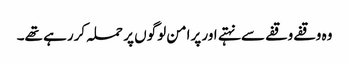
وہ وقفے وقفے سے نہتے اور پرامن لوگوں پر حملہ کررہے تھے۔